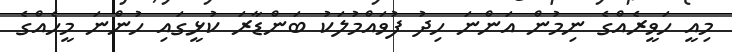
މިއީ ހަވީރެއްގެ ނިމުން އަންނަ ހިދު ފުވައްމުލަކު ބަންޑާރަ ކުޅީގައި ހުންނަ މީހެއްގެ